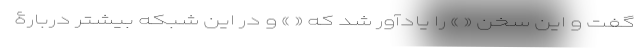
گفت و این سخن « » را یادآور شد که « » و در این شبکه بیشتر دربارۀ